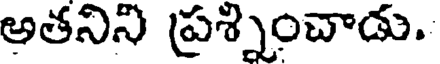
అతనిని ప్రశ్నించాడు.